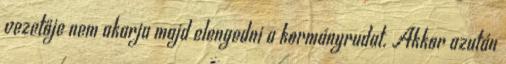
vezetője nem akarja majd elengedni a kormányrudat. Akkor azután